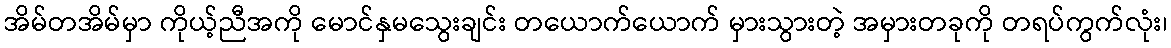
အိမ်တအိမ်မှာ ကိုယ့်ညီအကို မောင်နှမသွေးချင်း တယောက်ယောက် မှားသွားတဲ့ အမှားတခုကို တရပ်ကွက်လုံး၊